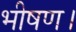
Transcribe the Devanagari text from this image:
भीषण।